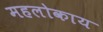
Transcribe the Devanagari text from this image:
महलोकाय